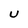
Character: U